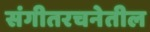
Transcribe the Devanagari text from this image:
संगीतरचनेतील